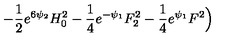
- \frac { 1 } { 2 } e ^ { 6 \psi _ { 2 } } H _ { 0 } ^ { 2 } - \frac { 1 } { 4 } e ^ { - \psi _ { 1 } } F _ { 2 } ^ { 2 } - \frac { 1 } { 4 } e ^ { \psi _ { 1 } } F ^ { 2 } \Big )